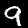
Label: 9